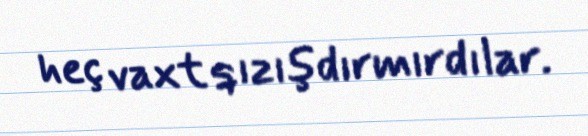
heç vaxt qızışdırmırdılar.